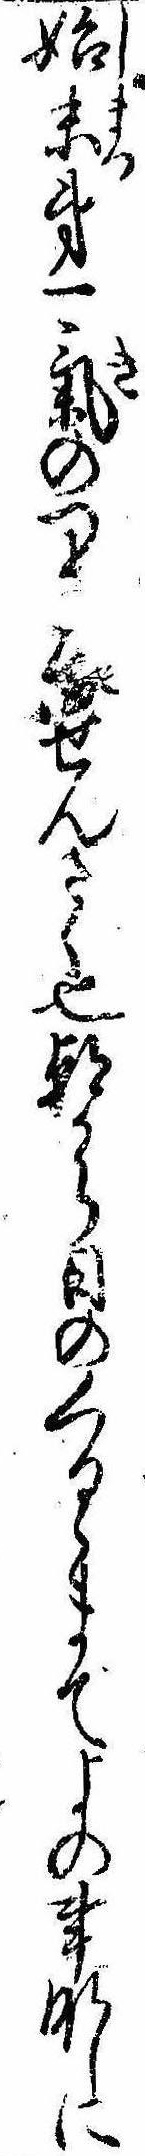
始末第一気のつまるせんさく也朝から日のくるゝまでよの事なしに